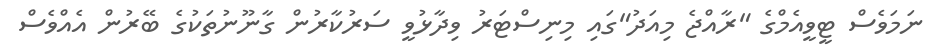
ނަމަވެސް ޓީވީއެމްގެ "ރާއްޖެ މިއަދު"ގައި މިނިސްޓަރު ވިދާޅުވީ ސަރުކާރުން ގާނޫނުތަކުގެ ބޭރުން އެއްވެސް